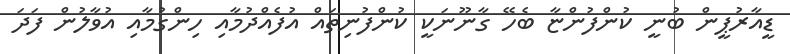
ޑީއާރުޕީން ބުނީ ކުންފުންޏާ ބެހޭ ގާނޫނަކީ ކުންފުނިތައް އުފެއްދުމާއި ހިންގުމާއި އުވާލުން ފަދަ